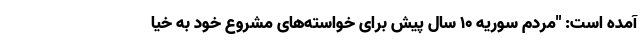
آمده است: "مردم سوریه 10 سال پیش برای خواسته‌های مشروع خود به خیا